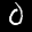
Label: 0